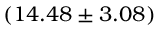
( 1 4 . 4 8 \pm 3 . 0 8 ) \